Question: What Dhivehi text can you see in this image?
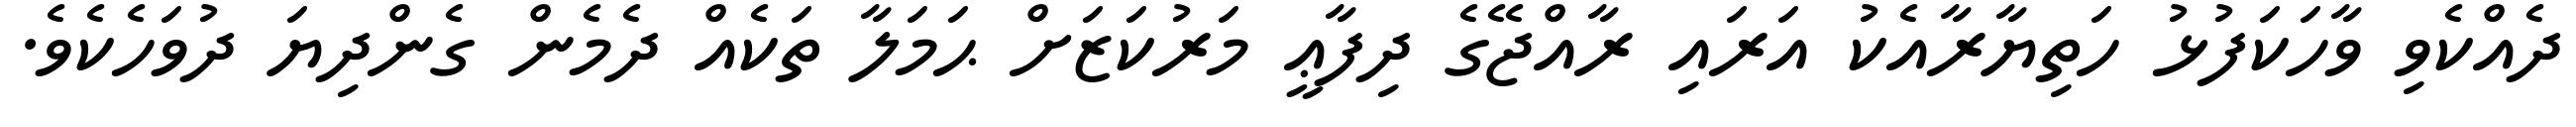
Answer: ދެއްކެވި ވާހަކަފުޅު ހަތިޔާރާއެކު އަރައި ރާއްޖޭގެ ދިފާޢީ މަރުކަޒަށް ޙަމަލާ ތަކެއް ދެމެން ގެންދިޔަ ދުވަހެކެވެ.